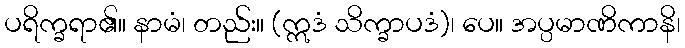
ပရိက္ခရာ၏။ နာမံ၊ တည်း။ (ဣဒံ သိက္ခာပဒံ)၊ ပေ။ အပ္ပမာဏိကာနိ၊